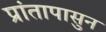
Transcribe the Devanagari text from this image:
प्रांतापासुन